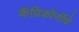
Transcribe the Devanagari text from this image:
कॅप्रिकॉर्नीचे